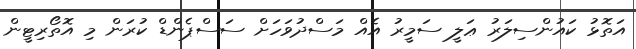
އަތޮޅު ކައުންސިލަރު ޢަލީ ސަމީރު އެއް މަސްދުވަހަށް ސަސްޕެންޑް ކުރަން މި އޮތޯރިޓީން